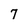
Character: 7